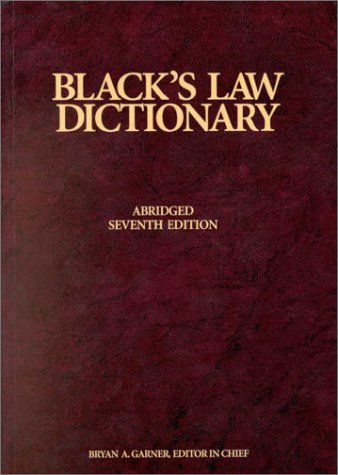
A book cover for Blacks Law Dictionary, 7th Edition; Henry Campbell Black; Law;